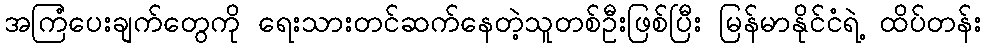
အကြံပေးချက်တွေကို ရေးသားတင်ဆက်နေတဲ့သူတစ်ဦးဖြစ်ပြီး မြန်မာနိုင်ငံရဲ့ ထိပ်တန်း